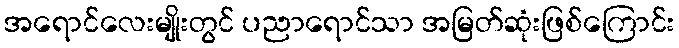
အရောင်လေးမျိုးတွင် ပညာရောင်သာ အမြတ်ဆုံးဖြစ်ကြောင်း